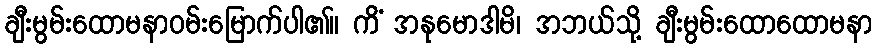
ချီးမွမ်းထောမနာဝမ်းမြောက်ပါ၏။ ကိံ အနုမောဒါမိ၊ အဘယ်သို့ ချီးမွမ်းထောထောမနာ